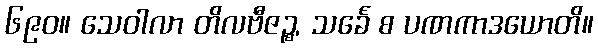
၆၉၀။ သေဝါလာ တိလဗီဇဉ္စ, သင်္ခေ စ ပဏကာဒယောတိ။